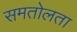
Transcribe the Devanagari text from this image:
समतोलता